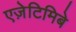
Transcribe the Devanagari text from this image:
एज़ेटिमिबे